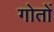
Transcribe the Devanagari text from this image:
गोतों